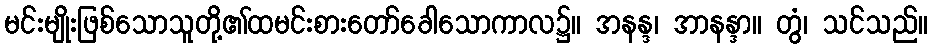
မင်းမျိုးဖြစ်သောသူတို့၏ထမင်းစားတော်ခေါသောကာလ၌။ အနန္ဒ၊ အာနန္ဒာ။ တွံ၊ သင်သည်။